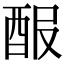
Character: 𨠡